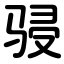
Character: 骎